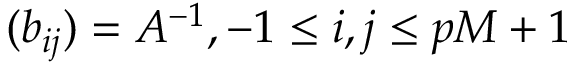
( b _ { i j } ) = { A } ^ { - 1 } , - 1 \le i , j \le p M + 1